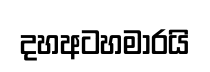
දහඅටහමාරයි